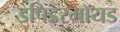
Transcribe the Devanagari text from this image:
इपिडरमॉयड